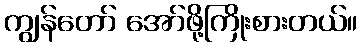
ကျွန်တော် အော်ဖို့ကြိုးစားတယ်။